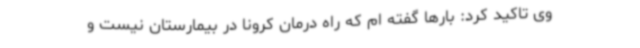
وی تاکید کرد: بارها گفته ام که راه درمان کرونا در بیمارستان نیست و